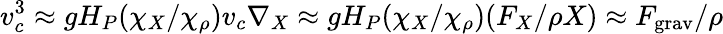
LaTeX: v_{c}^{3}\approx gH_{P}(\chi_{X}/\chi_{\rho})v_{c}\nabla_{X}\approx gH_{P}(\chi_{X}/\chi_{\rho})(F_{X}/\rho X)\approx F_{\mathrm{grav}}/\rho